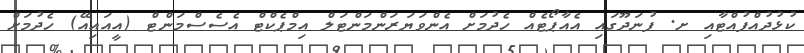
ކުޅުދުއްފުއްޓާއި ށ. ފުނަދޫގައި އެއާޕޯޓެއް ހެދުމަށް އެންވަޔަރަންމަންޓަލް އިމްޕެކްޓް އެސެސްމަންޓް (އީއައިއޭ) ހެދުމަށް